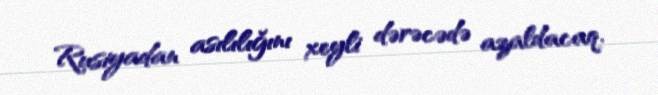
Rusiyadan asılılığını xeyli dərəcədə azaldacaq.